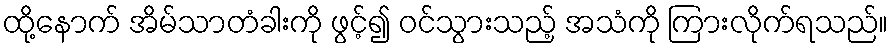
ထို့နောက် အိမ်သာတံခါးကို ဖွင့်၍ ဝင်သွားသည့် အသံကို ကြားလိုက်ရသည်။